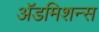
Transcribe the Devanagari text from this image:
अॅडमिशन्स